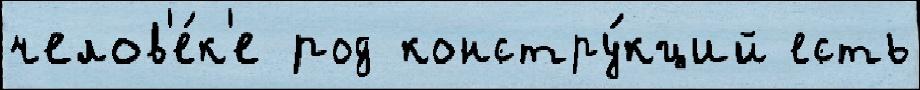
челов'е́к'е род констру́кций есть